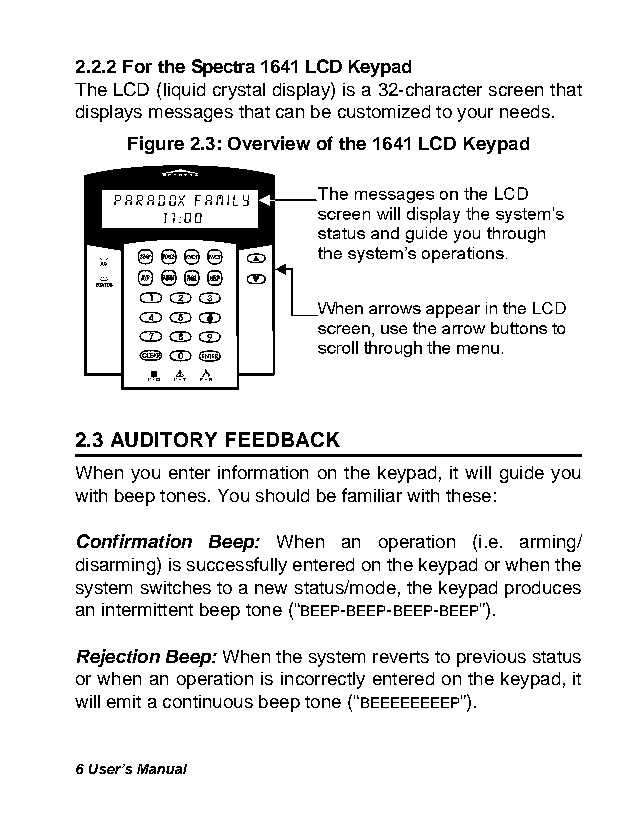
2.2.2 For the Spectra 1641 LCD Keypad
 The LCD (liquid crystal display) is a 32-character screen that
 displays messages that can be customized to your needs.
 Figure 2.3: Overview of the 1641 LCD Keypad
 2.3 AUDITORY FEEDBACK
 When you enter information on the keypad, it will guide you
 with beep tones. You should be familiar with these:
 Confirmation Beep: When an operation (i.e. arming/
 disarming) is successfully entered on the keypad or when the
 system switches to a new status/mode, the keypad produces
 an intermittent beep tone (“BEEP-BEEP-BEEP-BEEP”).
 Rejection Beep: When the system reverts to previous status
 or when an operation is incorrectly entered on the keypad, it
 will emit a continuous beep tone (“BEEEEEEEEP”).
 6 User’s Manual